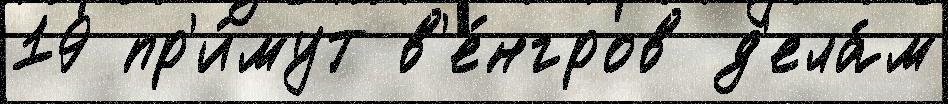
19 пр'и́мут в'е́нгров д'ела́м